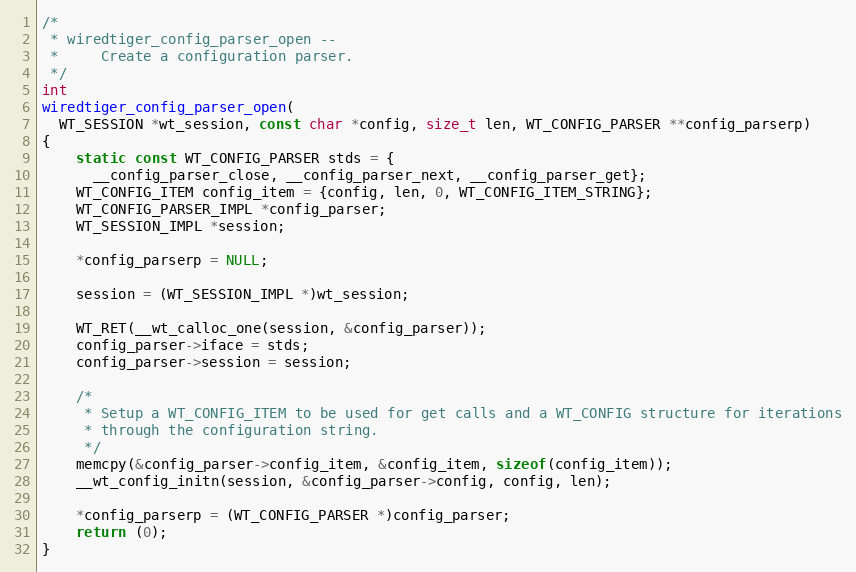
Language: C
/*
 * wiredtiger_config_parser_open --
 *     Create a configuration parser.
 */
int
wiredtiger_config_parser_open(
  WT_SESSION *wt_session, const char *config, size_t len, WT_CONFIG_PARSER **config_parserp)
{
    static const WT_CONFIG_PARSER stds = {
      __config_parser_close, __config_parser_next, __config_parser_get};
    WT_CONFIG_ITEM config_item = {config, len, 0, WT_CONFIG_ITEM_STRING};
    WT_CONFIG_PARSER_IMPL *config_parser;
    WT_SESSION_IMPL *session;

    *config_parserp = NULL;

    session = (WT_SESSION_IMPL *)wt_session;

    WT_RET(__wt_calloc_one(session, &config_parser));
    config_parser->iface = stds;
    config_parser->session = session;

    /*
     * Setup a WT_CONFIG_ITEM to be used for get calls and a WT_CONFIG structure for iterations
     * through the configuration string.
     */
    memcpy(&config_parser->config_item, &config_item, sizeof(config_item));
    __wt_config_initn(session, &config_parser->config, config, len);

    *config_parserp = (WT_CONFIG_PARSER *)config_parser;
    return (0);
}